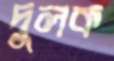
দুলক